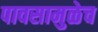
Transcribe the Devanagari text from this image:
पावसामुळेच